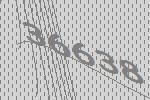
36638